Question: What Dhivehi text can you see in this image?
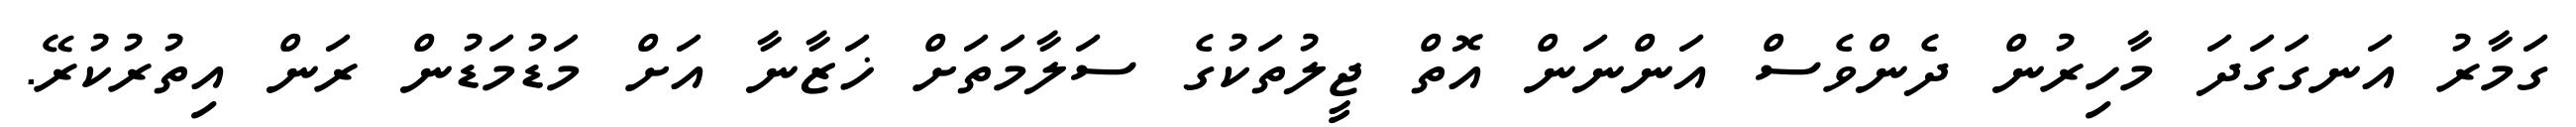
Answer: ގަމާރު އަނގަގަދަ މާހިރުން ދެންވެސް އަންނަން އޮތް ޖީލުތަކުގެ ސަލާމަތަށް ޚަޒާނާ އަށް މަޑުމަޑުން ރަން އިތުރުކުރޭ.